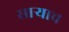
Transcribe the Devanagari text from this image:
साऱ्याच